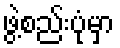
ဖွဲ့စည်းပုံမှာ